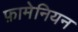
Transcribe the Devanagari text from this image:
फ़ामेनियन